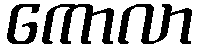
ကောလာ